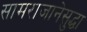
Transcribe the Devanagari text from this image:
सामराजानेसुद्धा